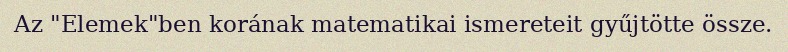
Az "Elemek"ben korának matematikai ismereteit gyűjtötte össze.